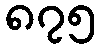
၈၇၅